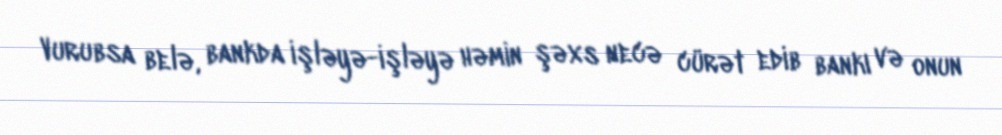
Vurubsa belə, bankda işləyə-işləyə həmin şəxs necə cürət edib bankı və onun